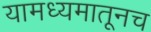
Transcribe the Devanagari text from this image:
यामध्यमातूनच